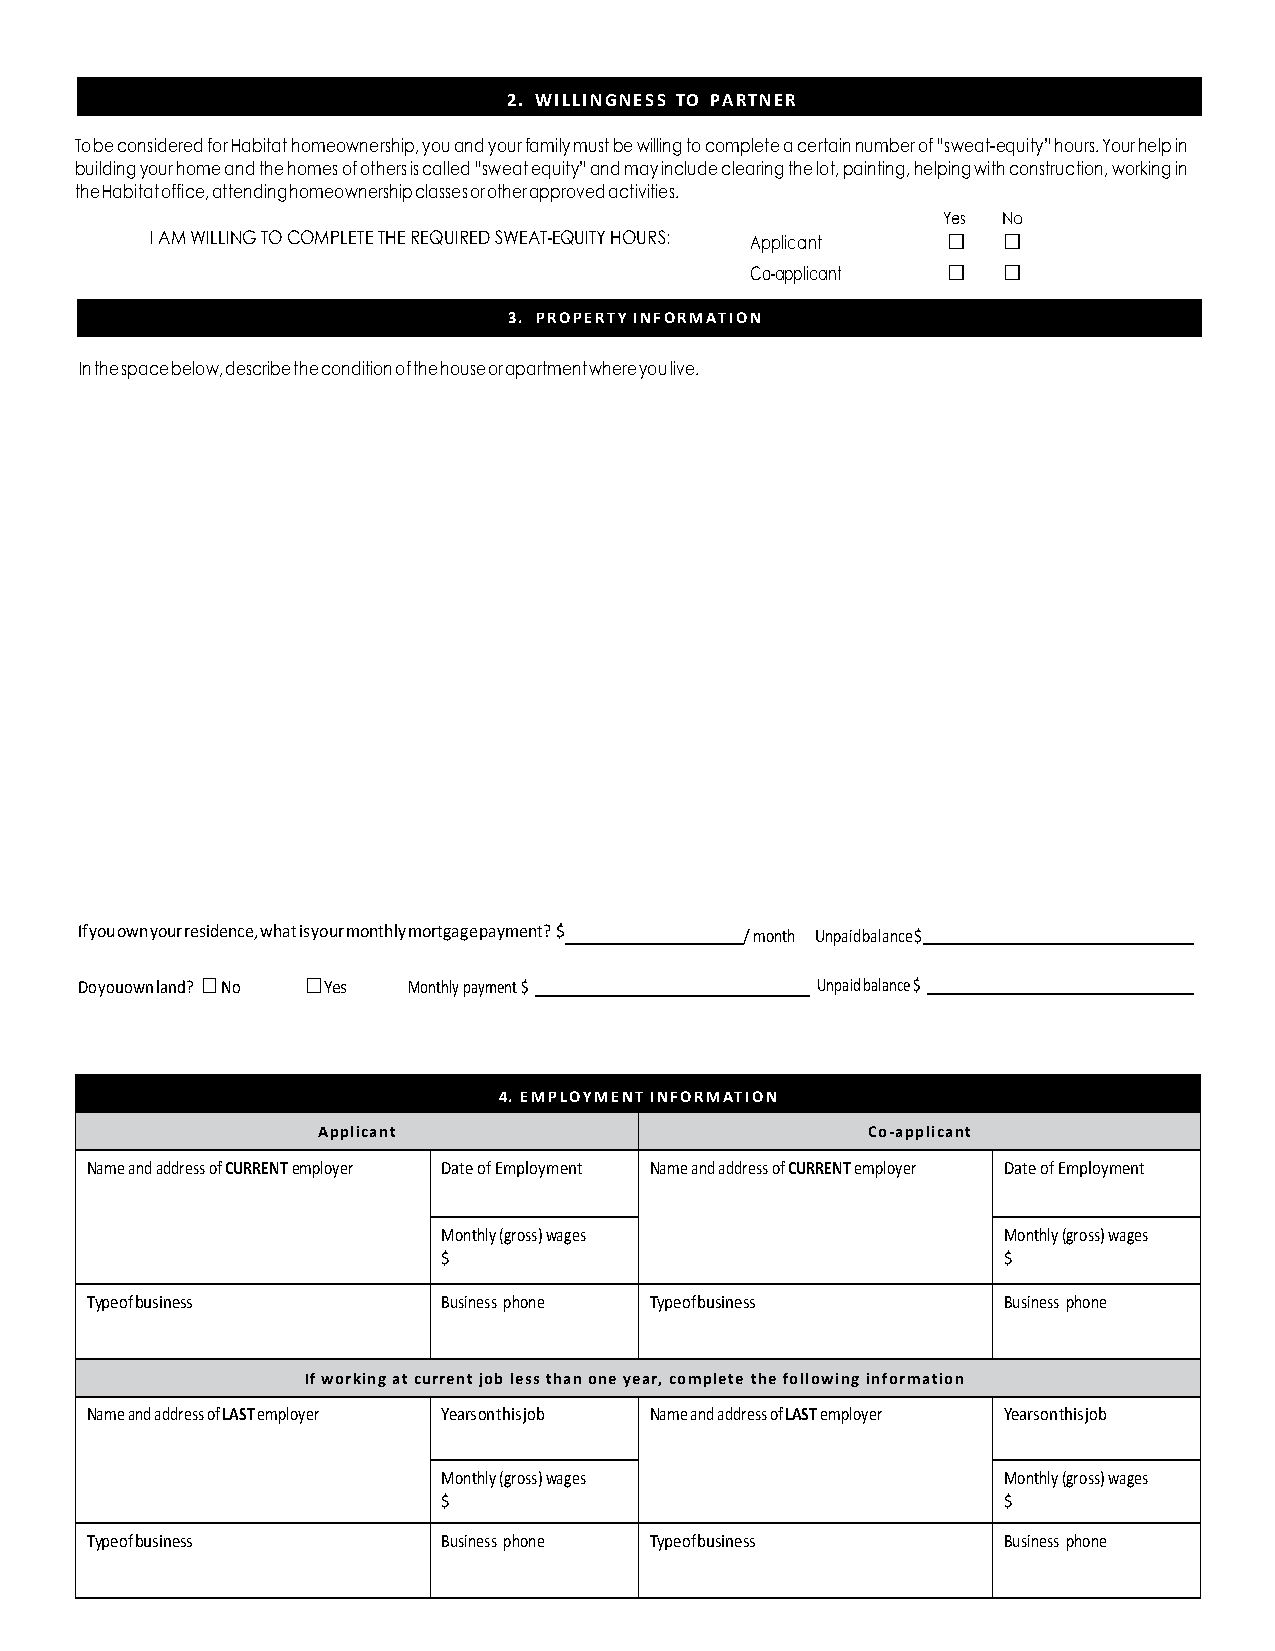
2. WILLINGNESS TO PARTNER
 To be considered for Habitat homeownership, you and your family must be willing to complete a certain number of “sweat-equity” hours. Your help in
 building your home and the homes of others is called “sweat equity” and may include clearing the lot, painting, helping with construction, working in
 the Habitat office, attending homeownership classes or other approved activities.
 Yes No
 I AM WILLING TO COMPLETE THE REQUIRED SWEAT-EQUITY HOURS: Applicant □ □
 □  □
 Co-applicant
 3. P R O P E R T Y I N F O R M AT I O N
 In the space below, describe the condition of the house or apartment where you live.
 If you own your residence, what is your monthly mortgage payment? $ / month Unpaid balance $
 □      □
 Do you own land? No Yes Monthly payment $        Unpaid balance $
 4. EMPLOYMENT INFORMATION
 Applicant                           Co-applicant
 Name and address of CURRENT employer Date of Employment Name and address of CURRENT employer Date of Employment
 Monthly (gross) wages                Monthly (gross) wages
 $                                    $
 Type of business       Business phone Type of business      Business phone
 If working at current job less than one year, complete the following information
 Name and address of LAST employer Years on this job Name and address of LAST employer Years on this job
 Monthly (gross) wages                Monthly (gross) wages
 $                                    $
 Type of business       Business phone Type of business      Business phone